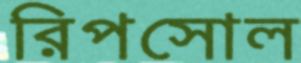
রিপসোল